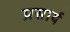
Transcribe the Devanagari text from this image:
प्रसार्य